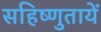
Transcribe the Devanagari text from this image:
सहिष्णुतायें